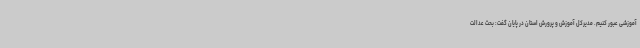
آموزشی عبور کنیم. مدیرکل آموزش و پرورش استان در پایان گفت: بحث عدالت